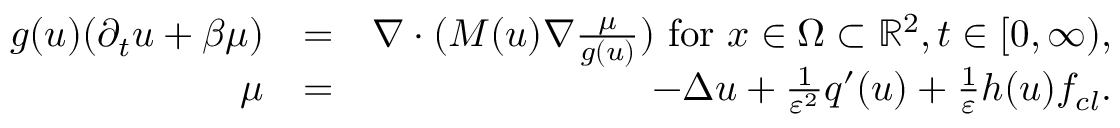
\begin{array} { r l r } { g ( u ) ( \partial _ { t } u + \beta \mu ) } & { = } & { \nabla \cdot ( M ( u ) \nabla \frac { \mu } { g ( u ) } ) \mathrm { ~ f o r ~ } x \in \Omega \subset \mathbb { R } ^ { 2 } , t \in [ 0 , \infty ) , } \\ { \mu } & { = } & { - \Delta u + \frac { 1 } { \varepsilon ^ { 2 } } q ^ { \prime } ( u ) + \frac { 1 } { \varepsilon } h ( u ) f _ { c l } . } \end{array}